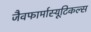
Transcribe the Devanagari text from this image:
जैवफार्मास्यूटिकल्स